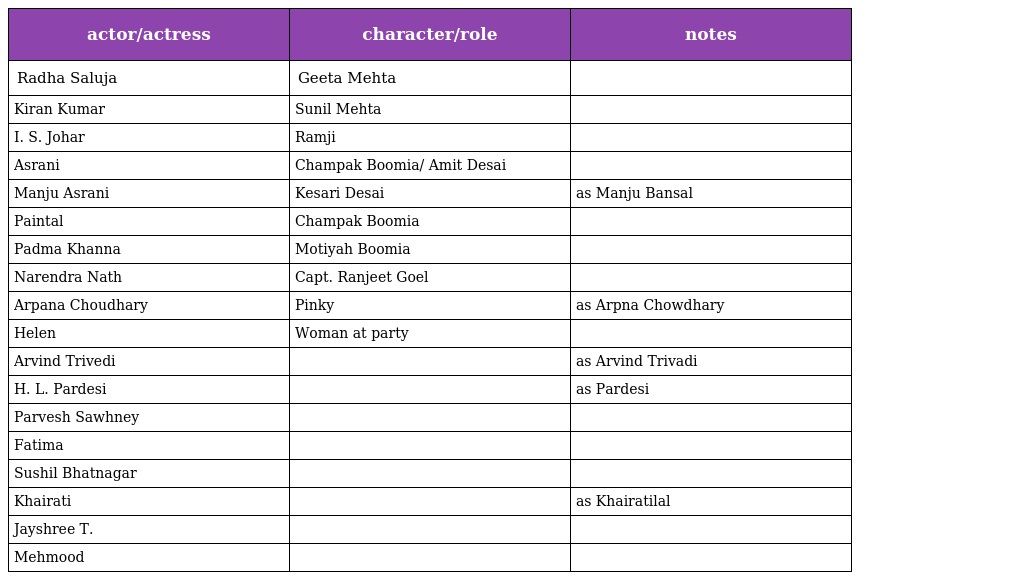
| actor/actress | character/role | notes |
 | --- | --- | --- |
 | Radha Saluja | Geeta Mehta |  |
 | Kiran Kumar | Sunil Mehta |  |
 | I. S. Johar | Ramji |  |
 | Asrani | Champak Boomia/ Amit Desai |  |
 | Manju Asrani | Kesari Desai | as Manju Bansal |
 | Paintal | Champak Boomia |  |
 | Padma Khanna | Motiyah Boomia |  |
 | Narendra Nath | Capt. Ranjeet Goel |  |
 | Arpana Choudhary | Pinky | as Arpna Chowdhary |
 | Helen | Woman at party |  |
 | Arvind Trivedi |  | as Arvind Trivadi |
 | H. L. Pardesi |  | as Pardesi |
 | Parvesh Sawhney |  |  |
 | Fatima |  |  |
 | Sushil Bhatnagar |  |  |
 | Khairati |  | as Khairatilal |
 | Jayshree T. |  |  |
 | Mehmood |  |  |